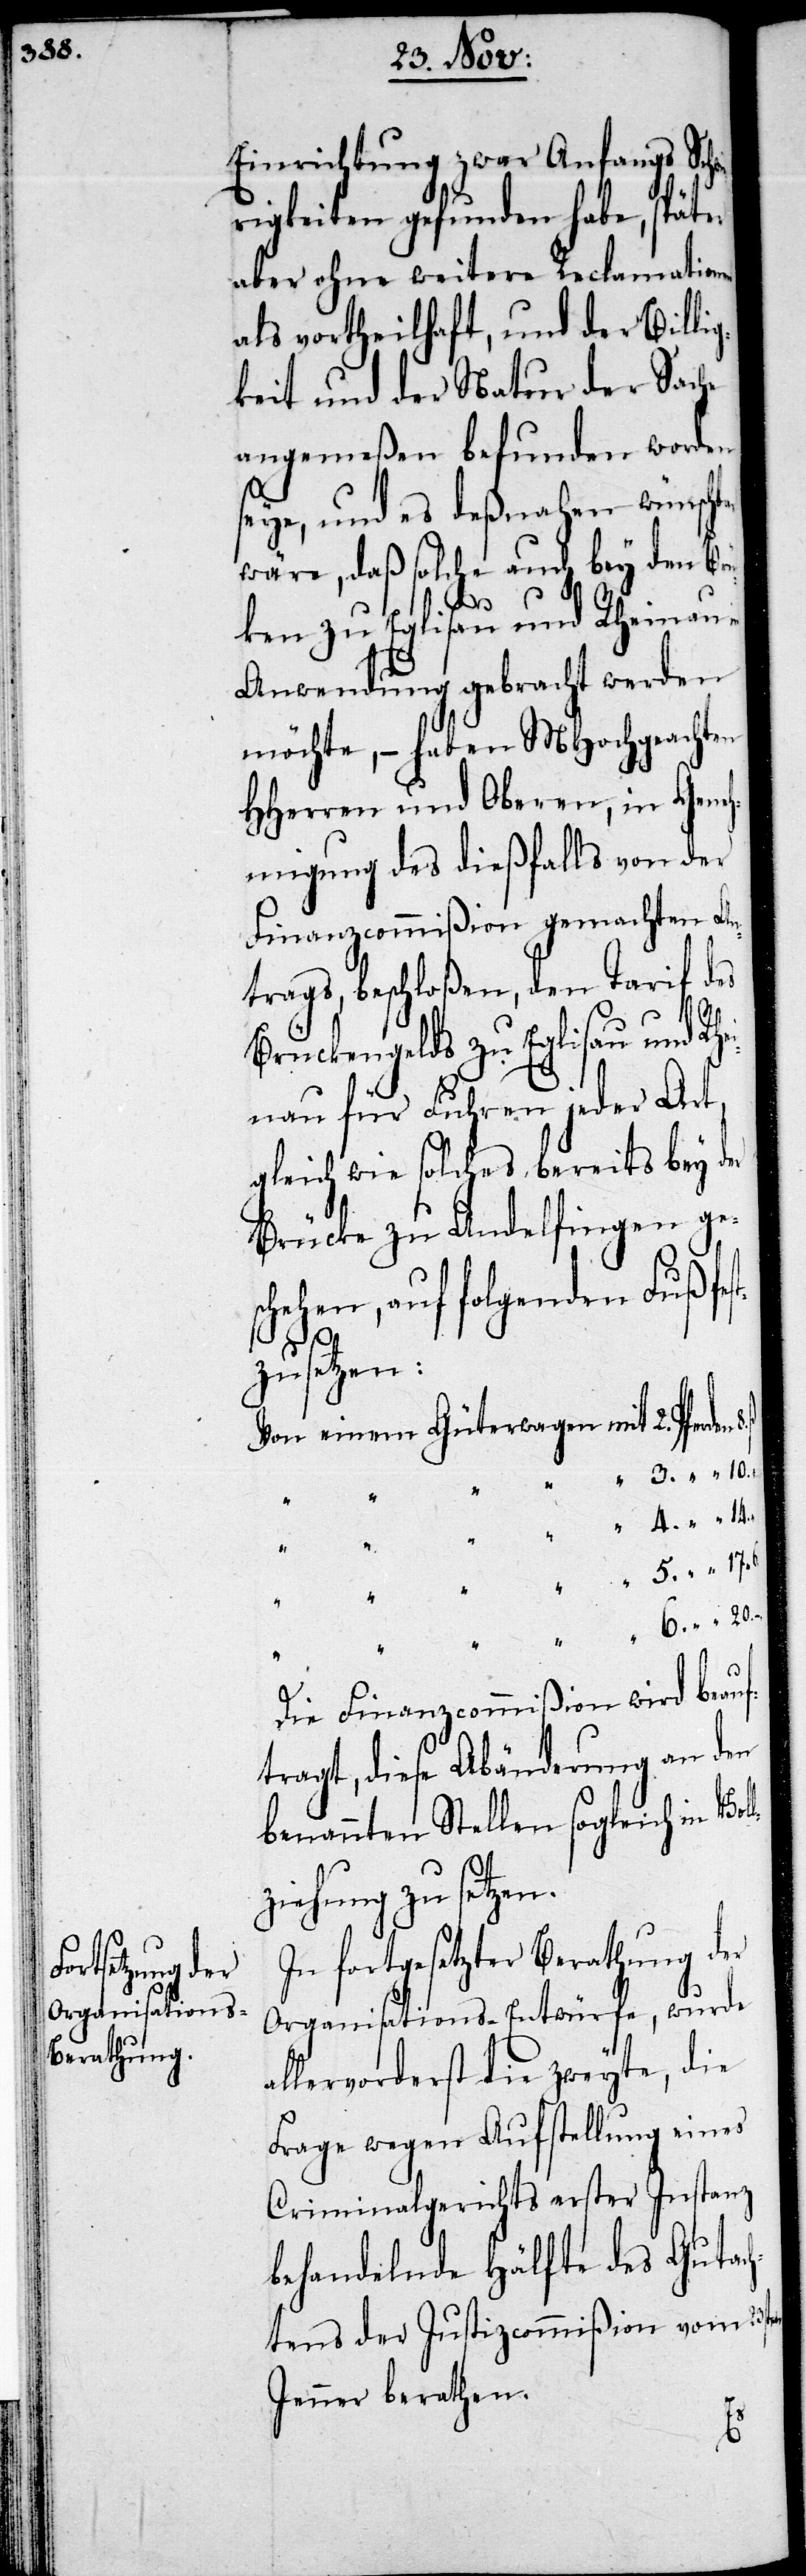
Einrichtung zwar Anfangs Sch¬
rigkeiten gefunden habe, später
aber ohne weitere Reclamationen
als vortheilhaft, und der Billig¬
keit und der Natur der Sache
angemeßen befunden worden
seye, und es deßnahen wünsch¬
wäre, daß solche auch bey den Br¬
ten
üken zu Eglisau und Rheinau
Anwendung gebracht werden
möchte, – haben MHochgeachten
HHerren und Oberen, in Geneh¬
migung des dießfalls von der
Finanzcommißion gemachten An¬
trags, beschloßen, den Tarif des
Brückengelds zu Eglisau und Rhe¬
inau für Fuhren jeder Art,
gleich wie solches bereits bey der
Brücke zu Andelfingen ge¬
schehen, auf folgenden Fuß fe¬
zusetzen:
Von einem Güterwagen mit	2.
Die Finanzcommißion wird beauf¬
tragt, diese Abänderung an den
benannten Stellen sogleich in Vo¬
ziehung zu setzen.
In fortgesetzter Berathung der
Organisations-Entwürfe, wurde
allervorderst die zweyte, die
Frage wegen Aufstellung eines
Criminalgerichts erster Instanz
behandelnde Hälfte des Gutach¬
tens der Justizcommißion vom 23s¬
Jenner berathen.